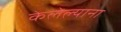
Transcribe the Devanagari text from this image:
केलेल्याना